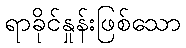
ရာခိုင်နှုန်းဖြစ်သော